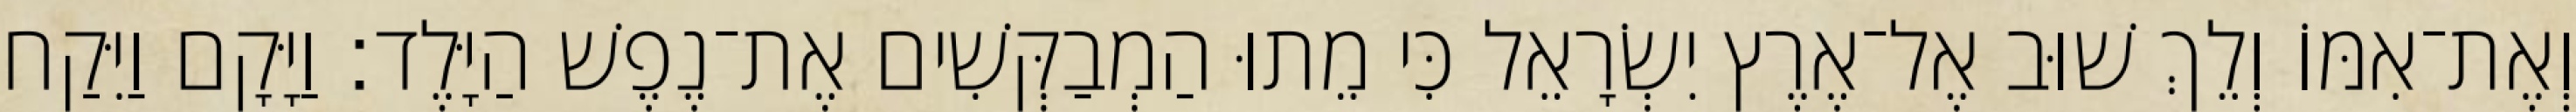
וְאֶת־אִמּוֹ וְלֵךְ שׁוּב אֶל־אֶרֶץ יִשְׂרָאֵל כִּי מֵתוּ הַמְבַקְּשִׁים אֶת־נֶפֶשׁ הַיָּלֶד׃ וַיָּקָם וַיִּקַח